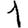
Digit: 1